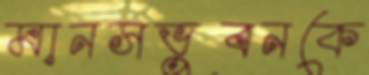
মানসভুবনকে